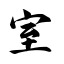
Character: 室